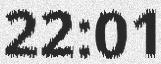
22:01